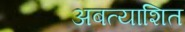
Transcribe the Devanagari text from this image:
अबत्याशित